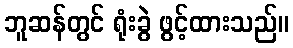
ဘူဆန်တွင် ရုံးခွဲ ဖွင့်ထားသည်။